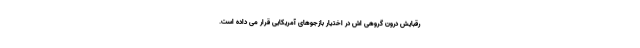
رقبایش درون گروهی اش در اختیار بازجوهای آمریکایی قرار می داده است.